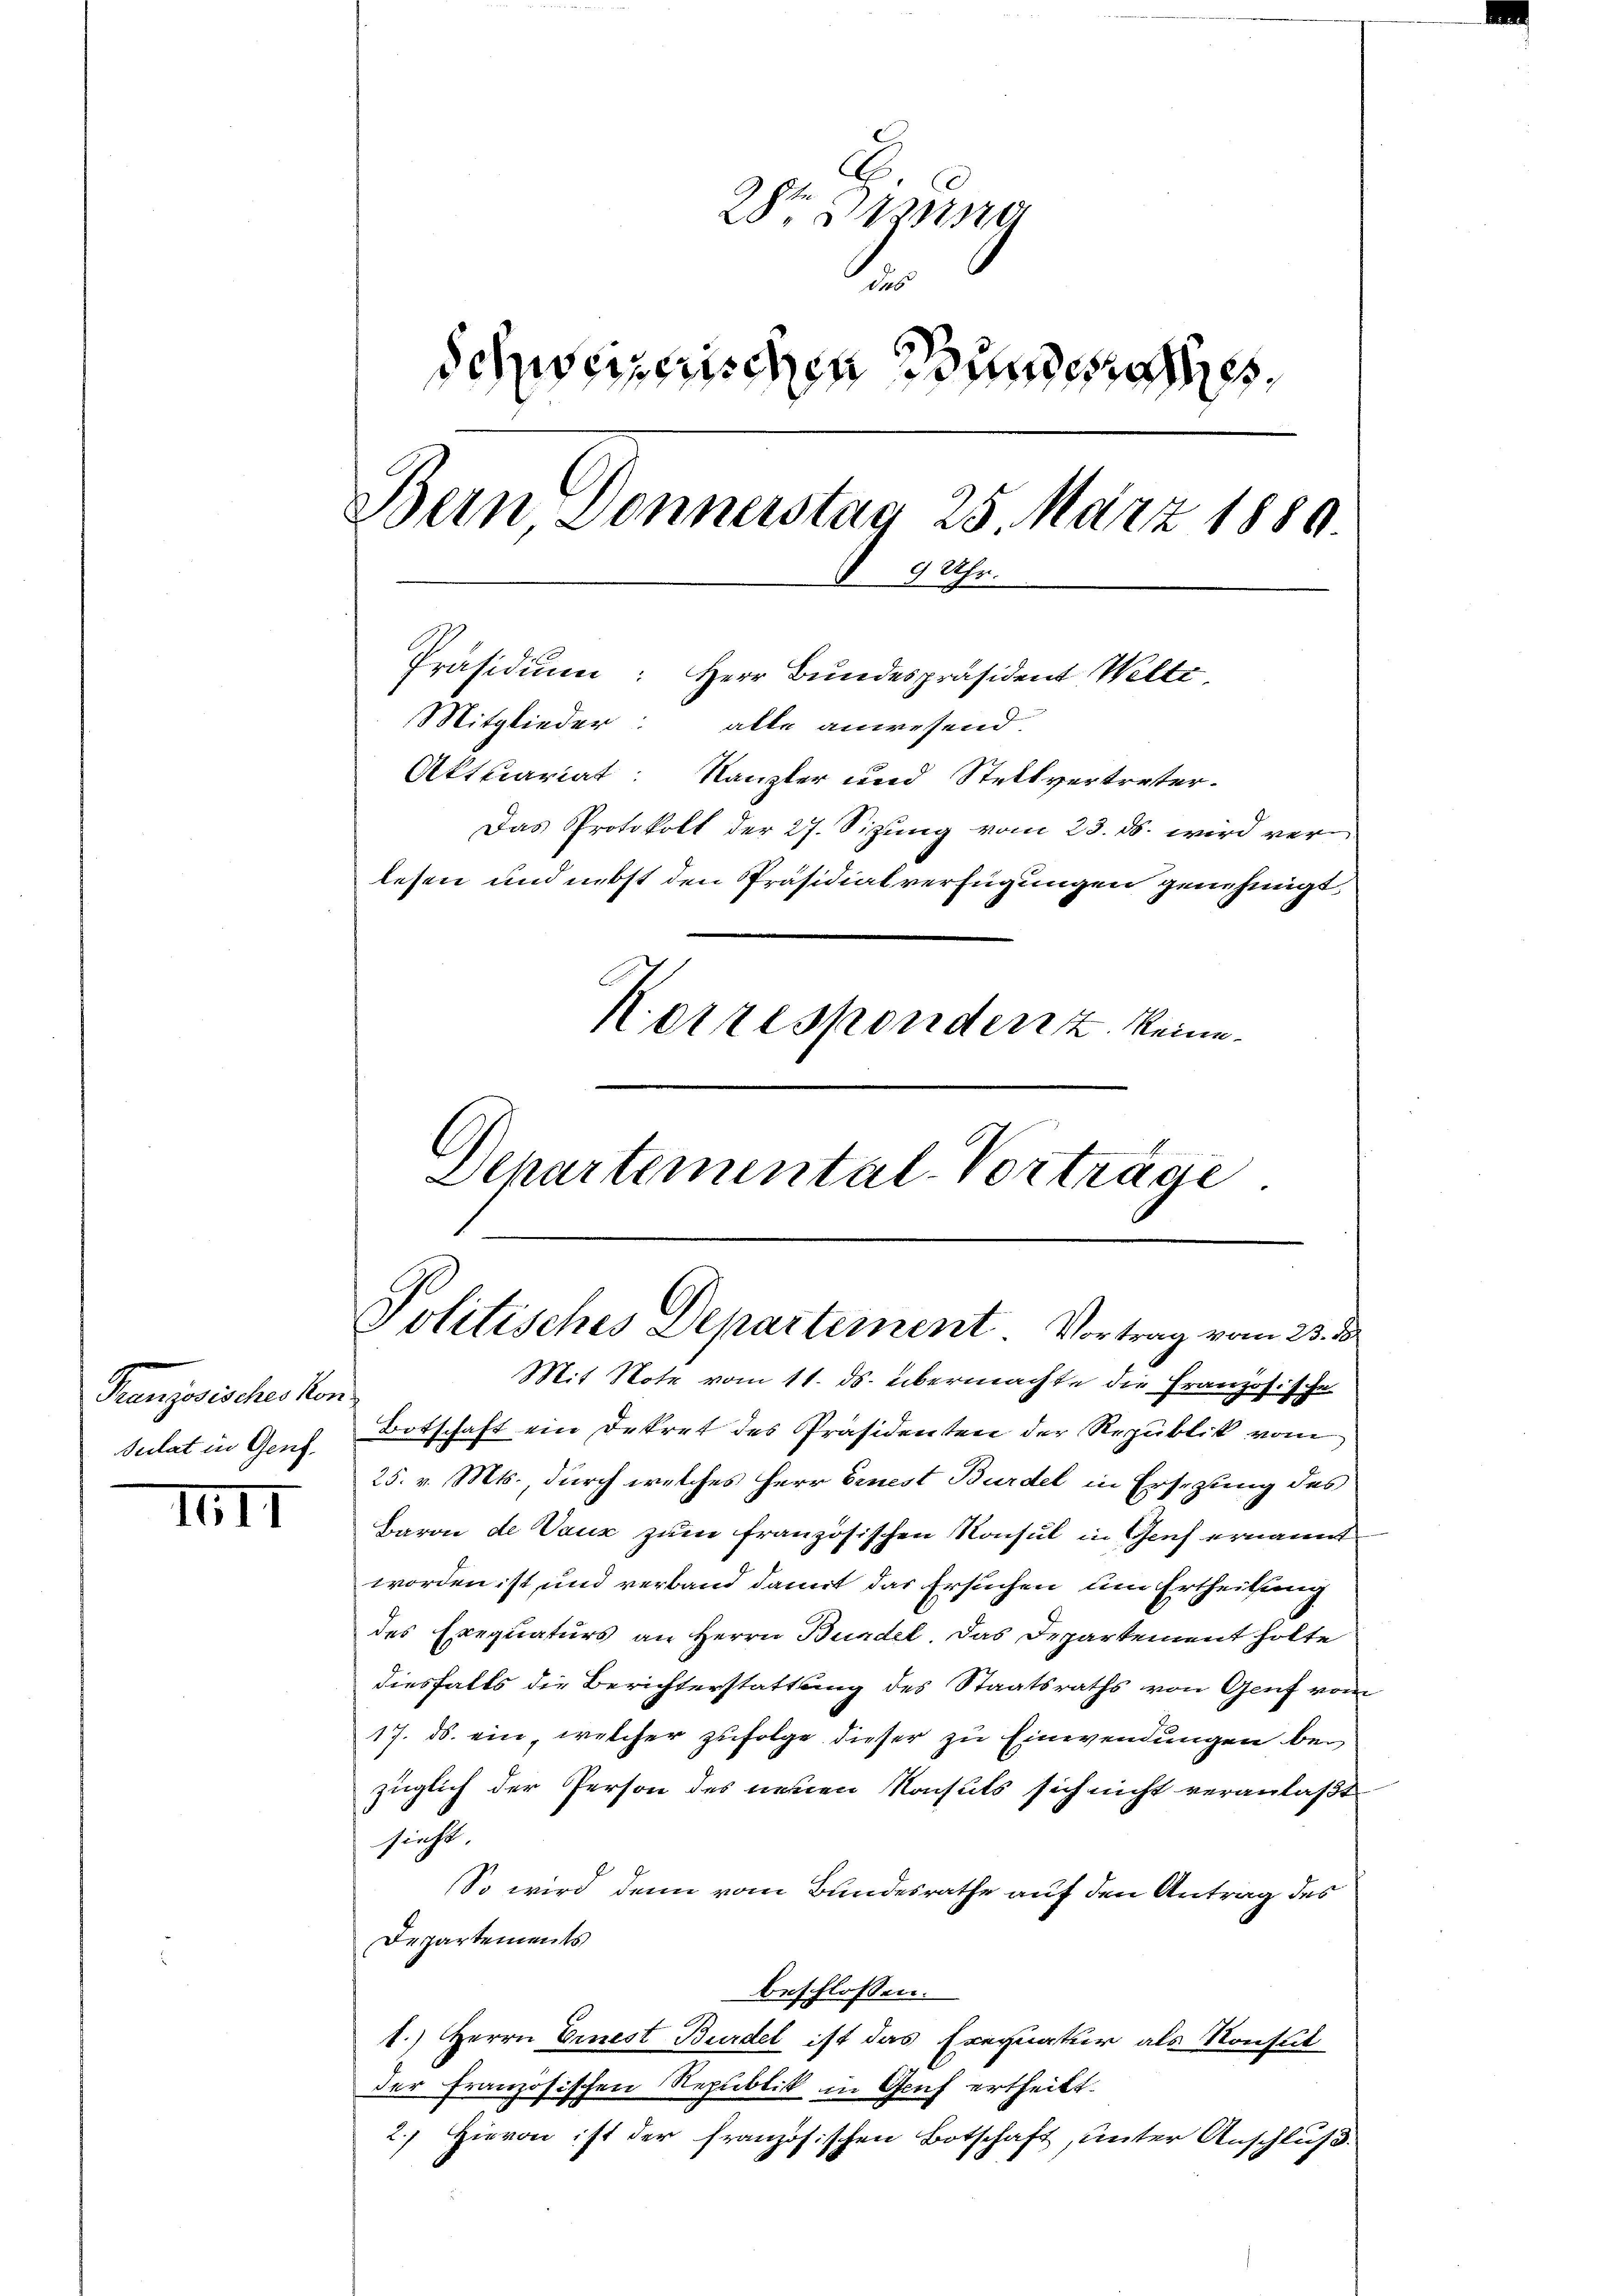
Französisches von
Sulat in Genf.

IIII

28 Seming
.
Schweizerischen Bundesges
Bern Donnerstag 25. März 1880
9 Uhr.
Präsidium: Herr Bundespräsident Welti,
Mitglieder: alle anwesend.
Aktuariat: Kanzler und Stellvertreter.
Das Protokoll der 27. Sizung vom 23. ds. wird verlesen und nebst den Präsidialverfügungen genehmigt
Ketzesponder z. keine
Departemental-Vorträge.

Politisches Departement. Vortrag vom 23. d.
Mit Note vom 11. ds. übermachte die Französische

Botschaft ein Dekret des Präsidenten der Republik vom
25. v. Mts., durch welches Herr Ernest Burdel in Ersezung des
Baron de Vauz zum französischen Konsul in Genf ernannt
worden ist und verband damit das Ersuchen um Ertheilung
des Exequaturs an Herrn Bündel das Departement holte
diesfalls die Berichterstattung des Staatsraths von Genf vom
17. ds. ein, welcher zufolge dieser zu Einwendungen bei
züglich der Person des neuen Konsuls sich nicht veranlaßt
sieht
So wird denn vom Bundesrathe auf den Antrag des
Departements
beschlossen:
1.) Herrn Ernest Burdel ist das Exequatur als Konsut
der französischen Republik in Gruf ertheilt.
2.) Hievon ist der französischen Botschaft, unter Anschluß.